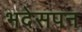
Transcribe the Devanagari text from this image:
भदेसपन